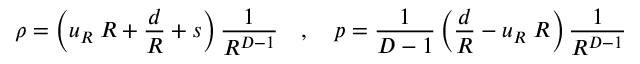
\rho = \left( u _ { R } \; R + { \frac { d } { R } } + s \right) { \frac { 1 } { R ^ { D - 1 } } } ~ ~ ~ , ~ ~ ~ p = { \frac { 1 } { D - 1 } } \left( { \frac { d } { R } } - u _ { R } \; R \right) { \frac { 1 } { R ^ { D - 1 } } }